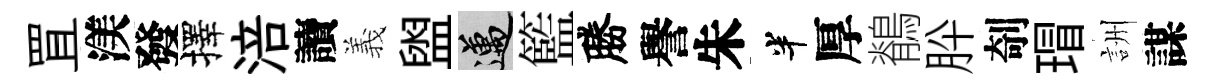
罝渼發擇涪讀義盥邁籃勝譽朱半厚鶺肸剞瑁詶謀